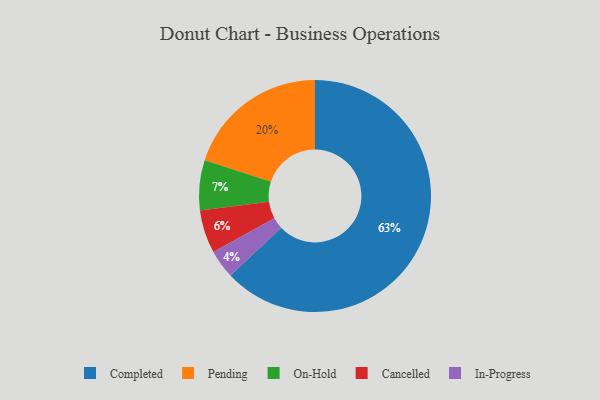
{"axis": {"x": "Category", "y": "Percentage"}, "legend": ["Cancelled", "Completed", "In-Progress", "On-Hold", "Pending"], "data": [{"x": "On-Hold", "y": 7, "type": "On-Hold"}, {"x": "Pending", "y": 20, "type": "Pending"}, {"x": "Completed", "y": 63, "type": "Completed"}, {"x": "In-Progress", "y": 4, "type": "In-Progress"}, {"x": "Cancelled", "y": 6, "type": "Cancelled"}]}